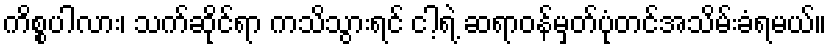
ကိစ္စပါလား၊ သက်ဆိုင်ရာ ကသိသွားရင် ငါ့ရဲ့ ဆရာဝန်မှတ်ပုံတင်အသိမ်းခံရမယ်။